Language: tamil
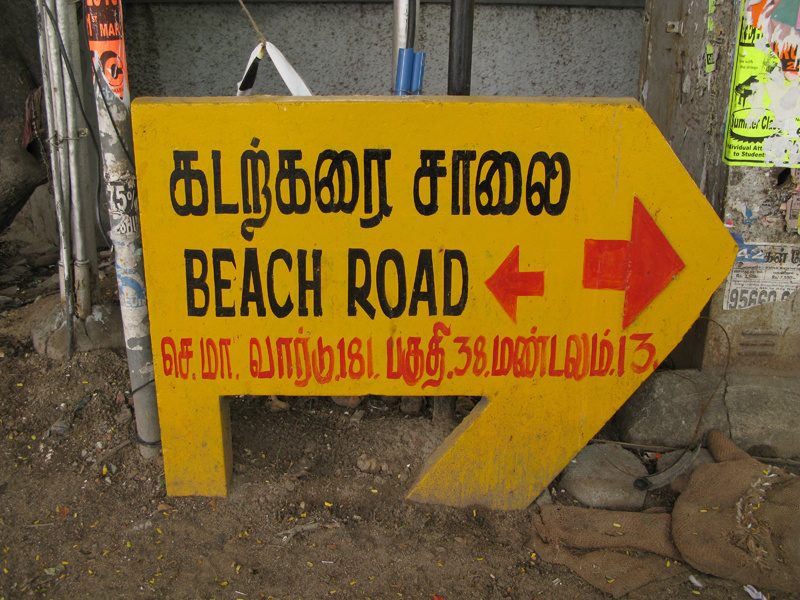
Transcription: பகுதி கடற்கரை சாலை மண்டலம் செ மா